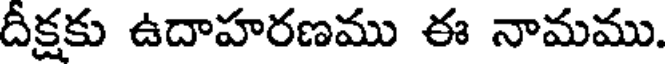
దీక్షకు ఉదాహరణము ఈ నామము.